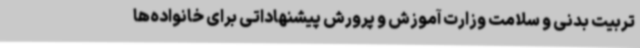
تربیت بدنی و سلامت وزارت آموزش و پرورش پیشنهاداتی برای خانواده‌ها